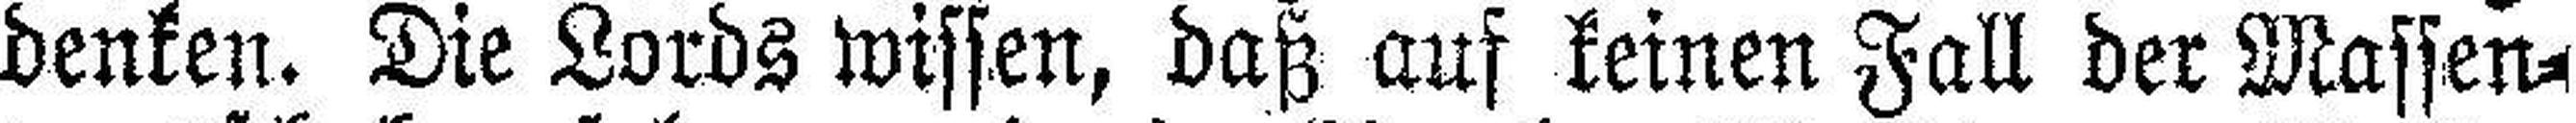
denken. Die Lords wissen, daß auf keinen Fall der Massen¬